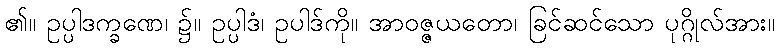
၏။ ဥပ္ပါဒက္ခဏေ၊ ၌။ ဥပ္ပါဒံ၊ ဥပါဒ်ကို။ အာဝဇ္ဇယတော၊ ခြင်ဆင်သော ပုဂ္ဂိုလ်အား။